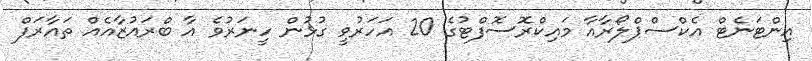
އިންޓަނެޓް އެކްސްޕްލޯރާއާ މައިކްރޮސޮފްޓުގެ 20 އަހަރުވީ ގުޅުން ހީނަރުވެ އާ ބްރައުޒާއެއް ތައާރަފް